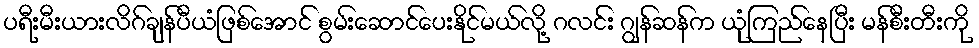
ပရီးမီးယားလိဂ်ချန်ပီယံဖြစ်အောင် စွမ်းဆောင်ပေးနိုင်မယ်လို့ ဂလင်း ဂျွန်ဆန်က ယုံကြည်နေပြီး မန်စီးတီးကို